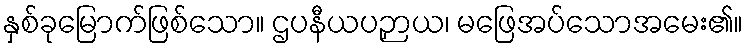
နှစ်ခုမြောက်ဖြစ်သော။ ဌပနီယပဉှာယ၊ မဖြေအပ်သောအမေး၏။